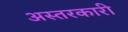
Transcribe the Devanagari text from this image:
अस्तरकारी